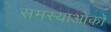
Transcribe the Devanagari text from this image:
समस्याओको